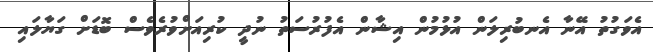
އެވަގުތު އޭނާ އެނބުރިލަން އުޅުމުން އިޝާން އެފުރުސަތު ނުދީ ކުރިއަށްވުރެވެސް ބޮޑަށް ގަޔާލައި